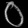
Digit: ၀